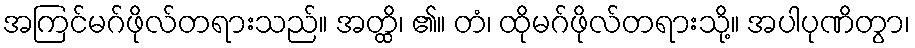
အကြင်မဂ်ဖိုလ်တရားသည်။ အတ္ထိ၊ ၏။ တံ၊ ထိုမဂ်ဖိုလ်တရားသို့။ အပါပုဏိတွာ၊